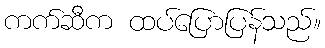
ကက်ဆီက ထပ်ပြောပြန်သည်။